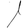
Digit: 1